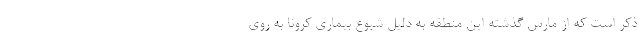
ذکر است که از مارس گذشته این منطقه به دلیل شیوع بیماری کرونا به روی